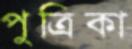
পুত্রিকা